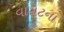
વાયટના